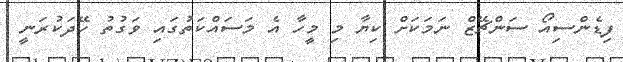
ފިޑެންސިއޯ ސަންޗޭޒް ނަމަކަށް ކިޔާ މި މީހާ އެ މަސައްކަތުގައި ވަގުތު ހޭދަކުރަނީ